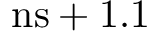
\mathrm { n s } + 1 . 1